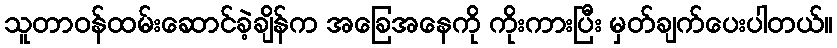
သူတာဝန်ထမ်းဆောင်ခဲ့ချိန်က အခြေအနေကို ကိုးကားပြီး မှတ်ချက်ပေးပါတယ်။